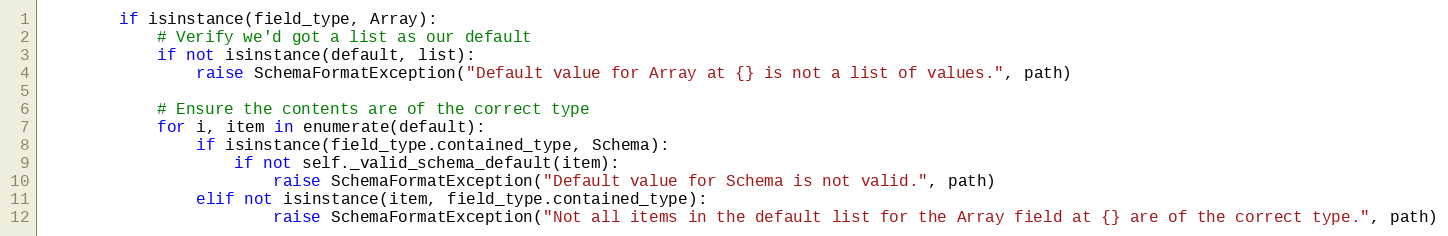
Language: Python
        if isinstance(field_type, Array):
            # Verify we'd got a list as our default
            if not isinstance(default, list):
                raise SchemaFormatException("Default value for Array at {} is not a list of values.", path)

            # Ensure the contents are of the correct type
            for i, item in enumerate(default):
                if isinstance(field_type.contained_type, Schema):
                    if not self._valid_schema_default(item):
                        raise SchemaFormatException("Default value for Schema is not valid.", path)
                elif not isinstance(item, field_type.contained_type):
                        raise SchemaFormatException("Not all items in the default list for the Array field at {} are of the correct type.", path)